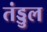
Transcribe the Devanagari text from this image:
तंड्डुल